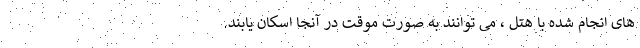
های انجام شده با هتل ، می توانند به صورت موقت در آنجا اسکان یابند.